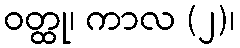
ဝတ္ထု၊ ကာလ (၂)၊